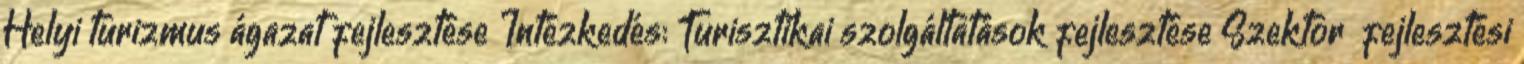
Helyi turizmus ágazat fejlesztése Intézkedés: Turisztikai szolgáltatások fejlesztése Szektor fejlesztési